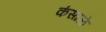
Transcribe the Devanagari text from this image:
कंसाळे